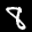
Label: 8